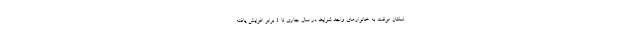
اسکان موقت به خانوارهای واجد شرایط در سال جاری تا ۴ برابر افزایش یافته